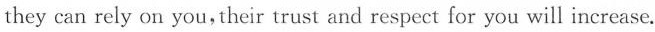
they can rely on you,their trust and respect for you will increase.